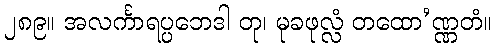
၂၈၉။ အလင်္ကာရပ္ပဘေဒါ တု၊ မုခဖုလ္လံ တထော’ဏ္ဏတံ။